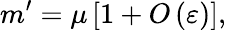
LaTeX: m^{\prime}=\mu\left[1+O\left(\varepsilon\right)\right],